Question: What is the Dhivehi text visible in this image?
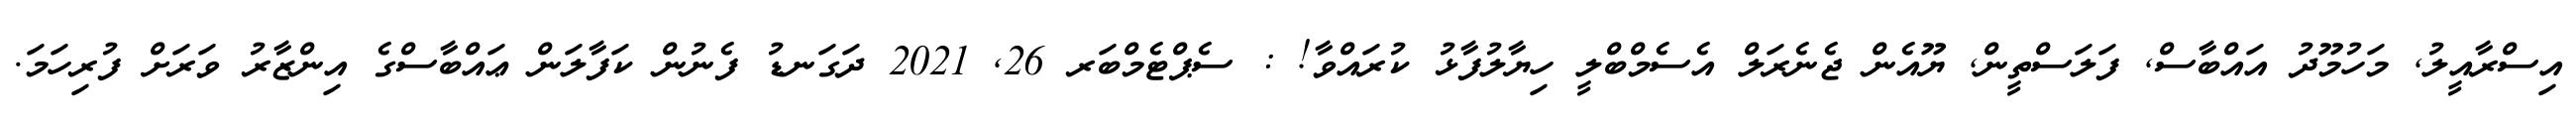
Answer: އިސްރާއީލު, މަހުމޫދު އައްބާސް, ފަލަސްތީން, ޔޫއެން ޖެނެރަލް އެސެމްބްލީ ހިޔާލުފާޅު ކުރައްވާ! : ސެޕްޓެމްބަރ 26, 2021 ދަގަނޑު ފެނުން ކަފާލަން ޢައްބާސްގެ އިންޒާރު ވަރަށް ފުރިހަމަ.